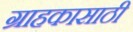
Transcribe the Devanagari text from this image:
ग्राहकासाठी